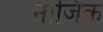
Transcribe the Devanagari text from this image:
नाजिक